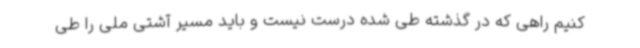
کنیم راهی که در گذشته طی شده درست نیست و باید مسیر آشتی ملی را طی